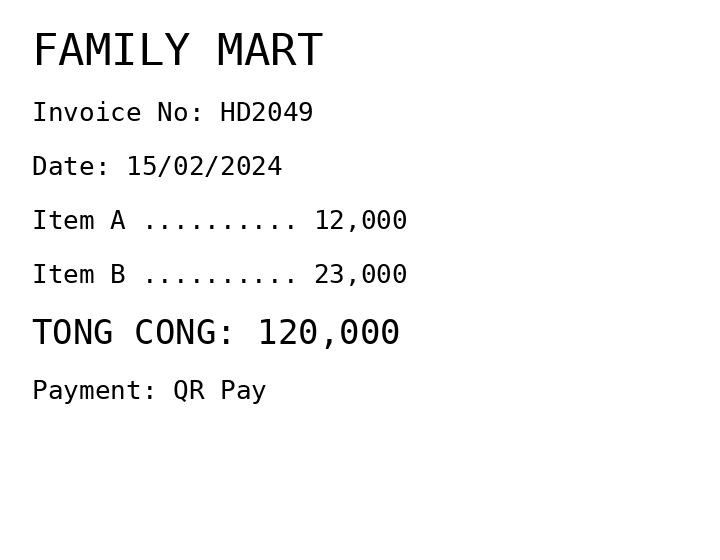
FAMILY MART
Invoice No: HD2049
Date: 15/02/2024
Item A .......... 12,000
Item B .......... 23,000
TONG CONG: 120,000
Payment: QR Pay
Merchant: family mart
Date: 2024-02-15
Total: 120000
Invoice No: HD2049
Payment method: QR